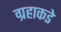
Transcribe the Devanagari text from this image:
ग्रहाकडे